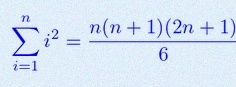
\sum_{i=1}^{n}i^2=\frac{n(n+1)(2n+1)}6